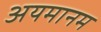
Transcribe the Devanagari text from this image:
अयमानम